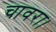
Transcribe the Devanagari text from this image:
चावरा।